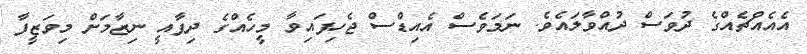
އެއެއްޗެއްގެ ދުވަސް ދުއްވާލައެވެ. ނަމަވެސް އެއިޑްސް ޖެހިފައިވާ މީހެއްގެ ދިފާއީ ނިޒާމަށް މިވަޒީފާ